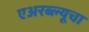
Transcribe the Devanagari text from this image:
एअरब्ल्यूचा